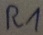
Text: R1